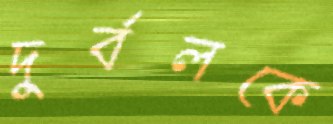
দুর্বলকে